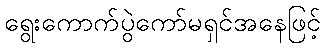
ရွေးကောက်ပွဲကော်မရှင်အနေဖြင့်